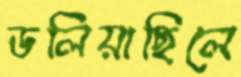
ডলিয়াছিলে